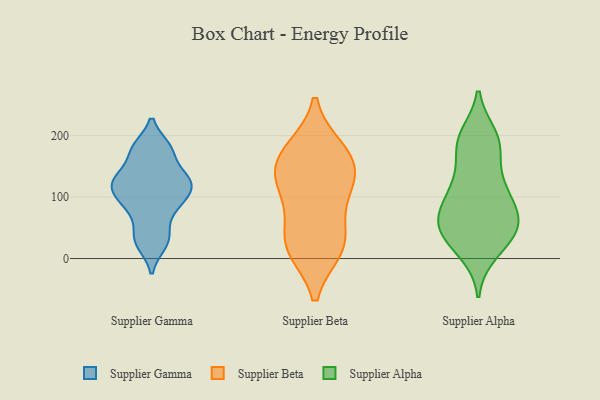
{"axis": {"x": "LTV (USD)", "y": "Value"}, "legend": ["Supplier Alpha", "Supplier Beta", "Supplier Gamma"], "data": [{"x": "", "y": 23, "type": "Supplier Gamma"}, {"x": "", "y": 41, "type": "Supplier Gamma"}, {"x": "", "y": 176, "type": "Supplier Gamma"}, {"x": "", "y": 116, "type": "Supplier Gamma"}, {"x": "", "y": 129, "type": "Supplier Gamma"}, {"x": "", "y": 180, "type": "Supplier Gamma"}, {"x": "", "y": 118, "type": "Supplier Gamma"}, {"x": "", "y": 135, "type": "Supplier Gamma"}, {"x": "", "y": 87, "type": "Supplier Gamma"}, {"x": "", "y": 87, "type": "Supplier Gamma"}, {"x": "", "y": 158, "type": "Supplier Beta"}, {"x": "", "y": 140, "type": "Supplier Beta"}, {"x": "", "y": 132, "type": "Supplier Beta"}, {"x": "", "y": 22, "type": "Supplier Beta"}, {"x": "", "y": 94, "type": "Supplier Beta"}, {"x": "", "y": 175, "type": "Supplier Beta"}, {"x": "", "y": 16, "type": "Supplier Beta"}, {"x": "", "y": 44, "type": "Supplier Beta"}, {"x": "", "y": 116, "type": "Supplier Beta"}, {"x": "", "y": 16, "type": "Supplier Beta"}, {"x": "", "y": 177, "type": "Supplier Beta"}, {"x": "", "y": 127, "type": "Supplier Alpha"}, {"x": "", "y": 46, "type": "Supplier Alpha"}, {"x": "", "y": 73, "type": "Supplier Alpha"}, {"x": "", "y": 31, "type": "Supplier Alpha"}, {"x": "", "y": 99, "type": "Supplier Alpha"}, {"x": "", "y": 65, "type": "Supplier Alpha"}, {"x": "", "y": 196, "type": "Supplier Alpha"}, {"x": "", "y": 187, "type": "Supplier Alpha"}, {"x": "", "y": 176, "type": "Supplier Alpha"}, {"x": "", "y": 187, "type": "Supplier Alpha"}, {"x": "", "y": 52, "type": "Supplier Alpha"}, {"x": "", "y": 121, "type": "Supplier Alpha"}, {"x": "", "y": 19, "type": "Supplier Alpha"}, {"x": "", "y": 93, "type": "Supplier Alpha"}, {"x": "", "y": 113, "type": "Supplier Alpha"}, {"x": "", "y": 10, "type": "Supplier Alpha"}, {"x": "", "y": 56, "type": "Supplier Alpha"}, {"x": "", "y": 54, "type": "Supplier Alpha"}, {"x": "", "y": 54, "type": "Supplier Alpha"}, {"x": "", "y": 199, "type": "Supplier Alpha"}]}